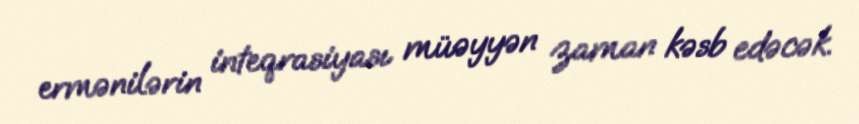
ermənilərin inteqrasiyası müəyyən zaman kəsb edəcək.